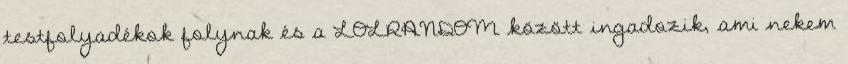
testfolyadékok folynak és a LOLRANDOM között ingadozik, ami nekem